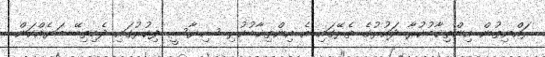
ރައްޔިތުން އިންތިޚާބުކުރާ ދައުރުގެ ތެރޭގައި އެ އިންތިޚާބުކުރި ސިޔާސީ ފިކުރުގައި ދެމިތިބޭ ބަޔެއްކަން